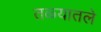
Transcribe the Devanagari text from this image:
तळ्यातले